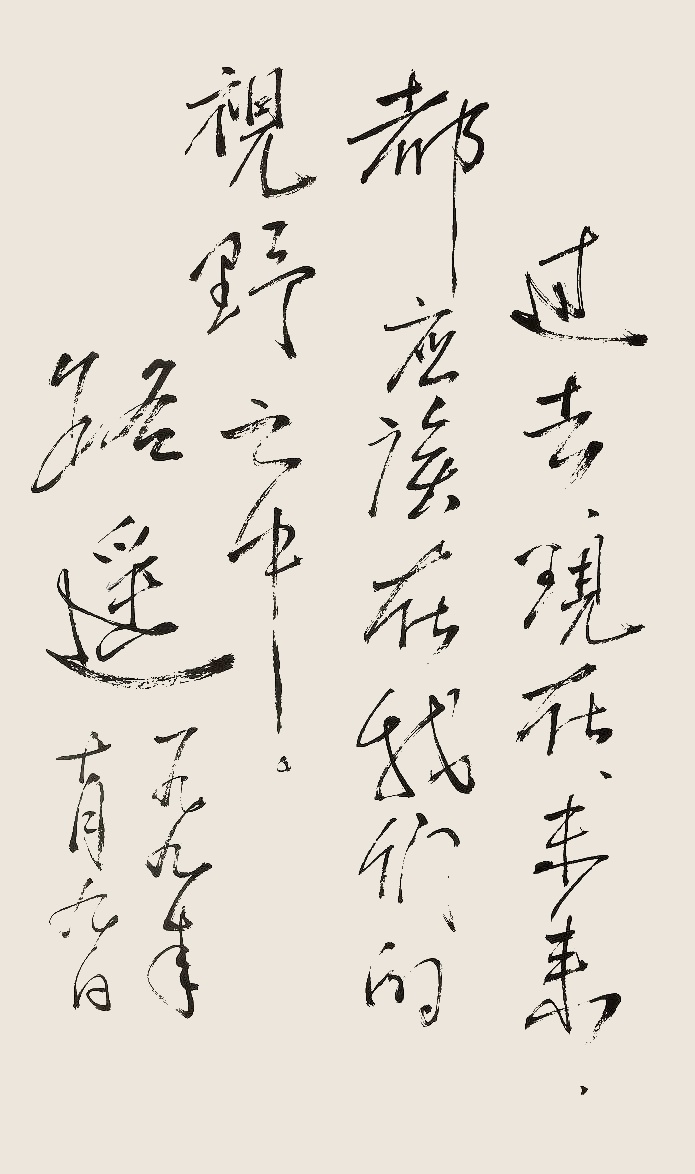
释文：过去，现在，未来，都应该在我们的视野之中。路遥，一九九一年十月九日。